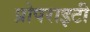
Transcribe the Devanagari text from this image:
प्रोपराइटी